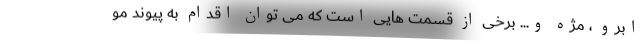
ابرو ، مژه و... برخی از قسمت هایی است که می توان اقدام به پیوند مو